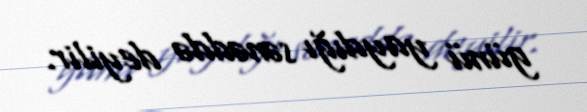
günü yaydığı sənəddə deyilir.